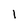
Character: 1